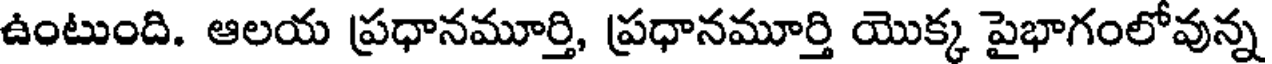
ఉంటుంది. ఆలయ ప్రధానమూర్తి, ప్రధానమూర్తి యొక్క పైభాగంలోవున్న